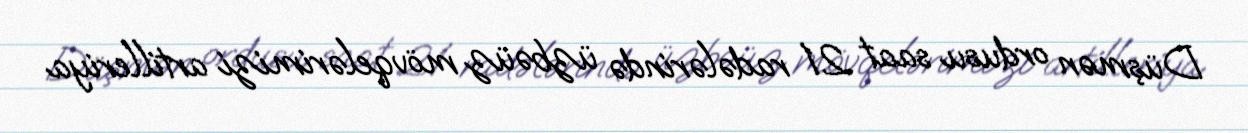
Düşmən ordusu saat 21 radələrində üzbəüz mövqelərimizi artilleriya